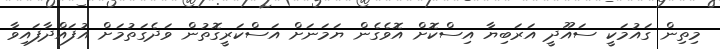
މިތިން ގައުމަކީ ސައޫދީ އަރަބިޔާ އިސްކޮށް އޮވެގެން ޔަމަނަށް އަސްކަރީގޮތުން ވަދެގަތުމަށް އުފައްދާފައިވާ